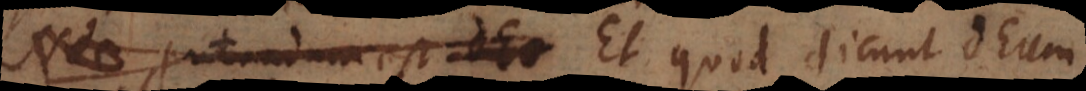
Nec putandum est Deo Et quod dicunt Deum